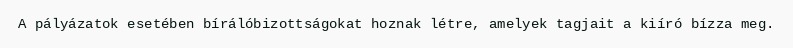
A pályázatok esetében bírálóbizottságokat hoznak létre, amelyek tagjait a kiíró bízza meg.